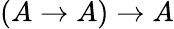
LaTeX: (A\to A)\to A